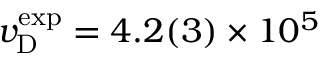
v _ { \mathrm { D } } ^ { \mathrm { e x p } } = 4 . 2 ( 3 ) \times 1 0 ^ { 5 }